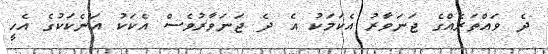
ދެ ވައްތަރެއްގެ ޖަނަވާރު އެކަމަކު އެ ދެ ޖަނަވާރުވެސް އެކަކު އަނެކަކުގެ އެހީ